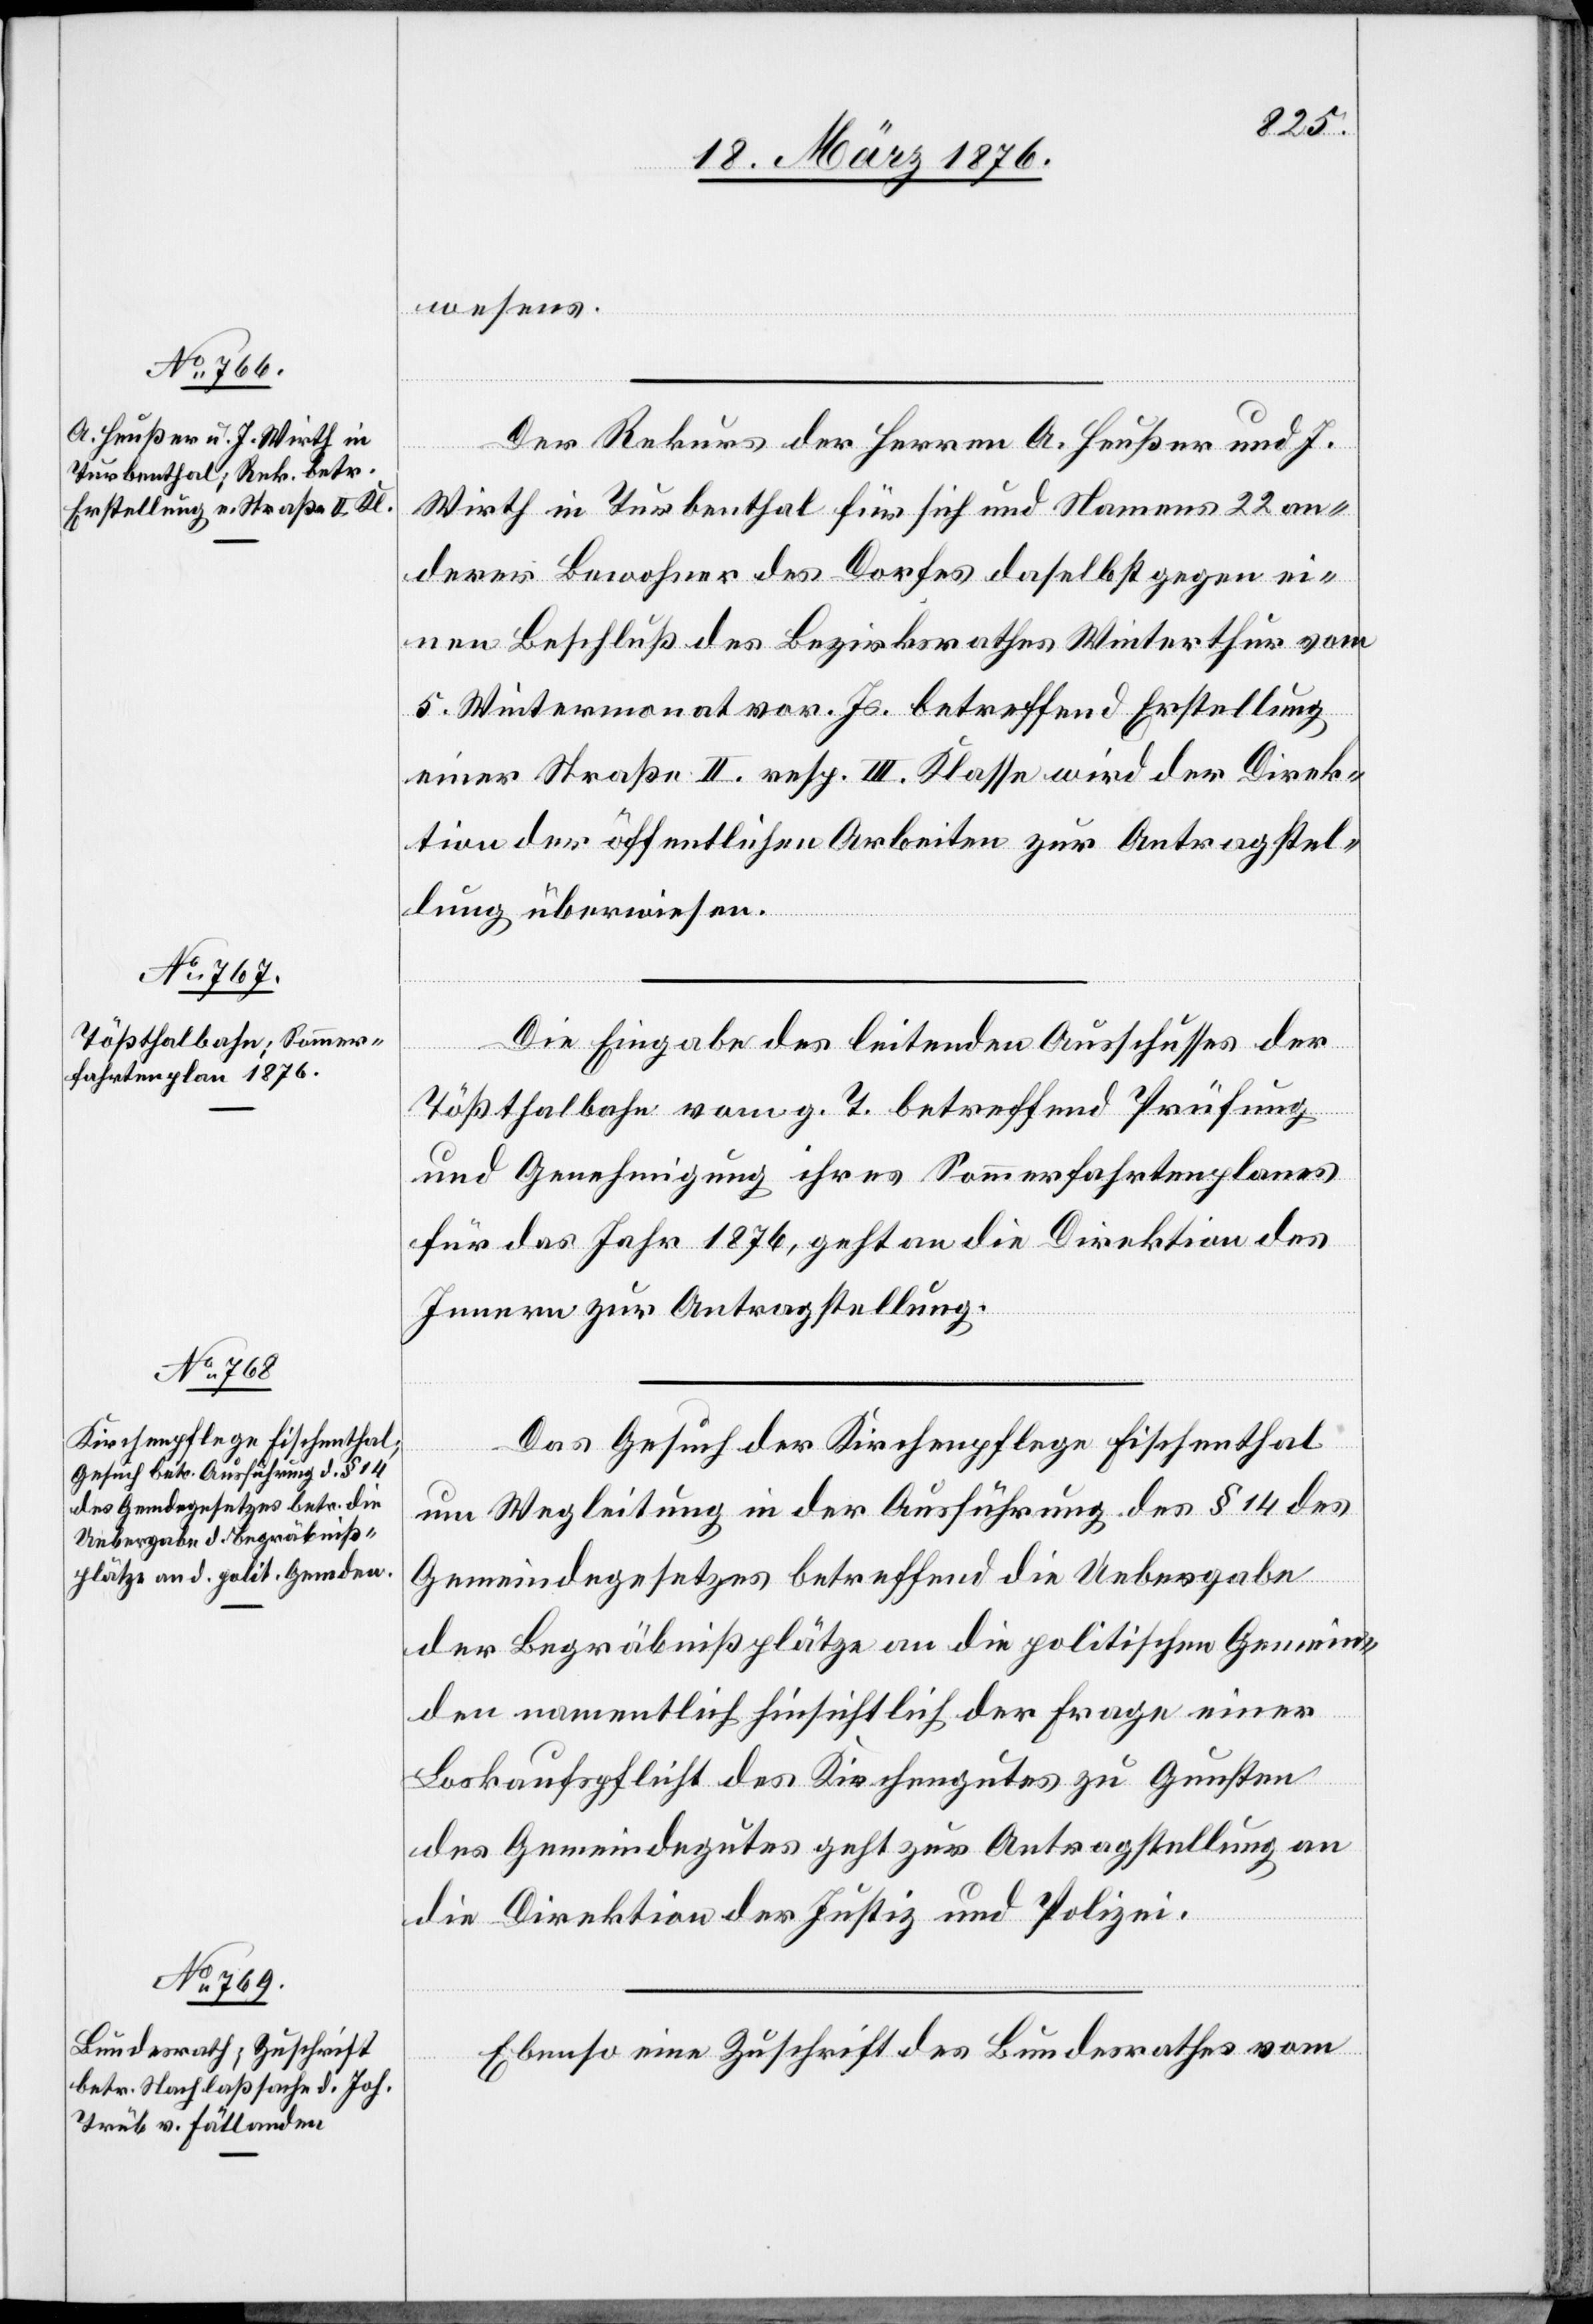
18. März 1876.]
wesens.
Der Rekurs der Herren A. Heußer und J.
Wirth in Turbenthal für sich und Namens 22 an¬
derer Bewohner des Dorfes daselbst gegen ei¬
nen Beschluß des Bezirksrathes Winterthur vom
5. Wintermonat vor. Js. betreffend Erstellung
einer Straße II. resp. III. Klasse wird der Direk¬
tion der öffentlichen Arbeiten zur Antragstel¬
lung überwiesen.
Die Eingabe des leitenden Ausschusses der
Tößthalbahn vom g. T. betreffend Prüfung
und Genehmigung ihres Sommerfahrtenplanes
für das Jahr 1876, geht an die Direktion des
Innern zur Antragstellung.
Das Gesuch der Kirchenpflege Fischenthal
um Wegleitung der in Ausführung des § 14 des
Gemeindegesetzes betreffend die Uebergabe
der Begräbnißplätze an die politischen Gemein¬
den namentlich hinsichtlich der Frage einer
Loskaufpflicht des Kirchengutes zu Gunsten
des Gemeindegutes geht zur Antragstellung an
die Direktion der Justiz und Polizei.
Ebenso eine Zuschrift des Bundesrathes vom